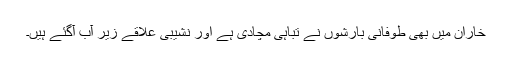
خاران میں بھی طوفانی بارشوں نے تباہی مچادی ہے اور نشیبی علاقے زیر آب آگئے ہیں۔